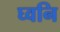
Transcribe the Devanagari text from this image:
घ्वनि